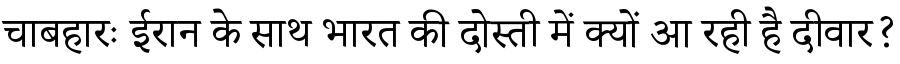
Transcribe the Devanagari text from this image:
चाबहारः ईरान के साथ भारत की दोस्ती में क्यों आ रही है दीवार?